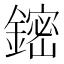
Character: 𲇟